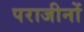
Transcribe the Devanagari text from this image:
पराजीनों